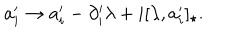
a _ { i } ^ { \prime } \rightarrow a _ { i } ^ { \prime } - \partial _ { i } ^ { \prime } \lambda + i [ \lambda , a _ { i } ^ { \prime } ] _ { \star } .